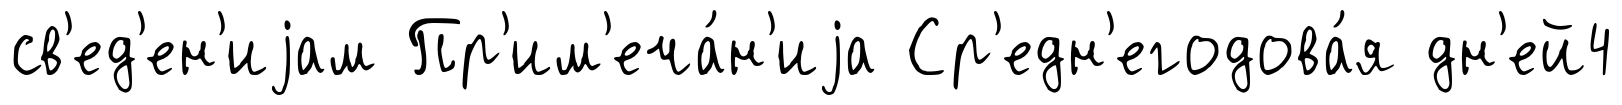
св'ед'ен'иjам Пр'им'еча́н'иjа Ср'едн'егодова́я дн'ей4